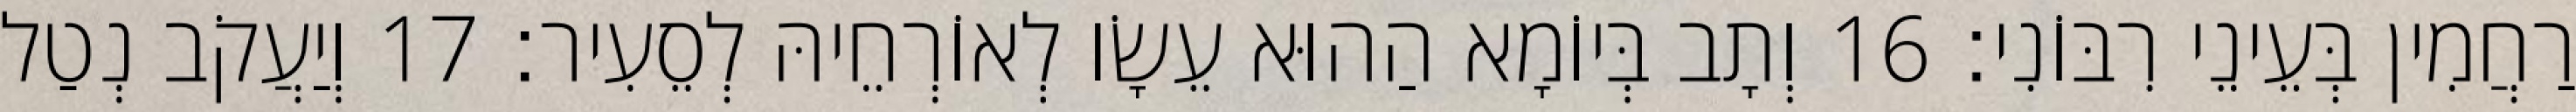
רַחֲמִין בְּעֵינֵי רִבּוֹנִי׃ 16 וְתָב בְּיוֹמָא הַהוּא עֵשָׂו לְאוֹרְחֵיהּ לְסֵעִיר׃ 17 וְיַעֲקֹב נְטַל